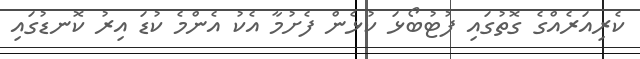
ކެރިއަރެއްގެ ގޮތުގައި ފުޓުބޯޅަ ކުޅެން ފެށުމާ އެކު އެންމެ ކުޑަ އިރު ކޮނޑުގައި